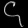
Digit: ၄